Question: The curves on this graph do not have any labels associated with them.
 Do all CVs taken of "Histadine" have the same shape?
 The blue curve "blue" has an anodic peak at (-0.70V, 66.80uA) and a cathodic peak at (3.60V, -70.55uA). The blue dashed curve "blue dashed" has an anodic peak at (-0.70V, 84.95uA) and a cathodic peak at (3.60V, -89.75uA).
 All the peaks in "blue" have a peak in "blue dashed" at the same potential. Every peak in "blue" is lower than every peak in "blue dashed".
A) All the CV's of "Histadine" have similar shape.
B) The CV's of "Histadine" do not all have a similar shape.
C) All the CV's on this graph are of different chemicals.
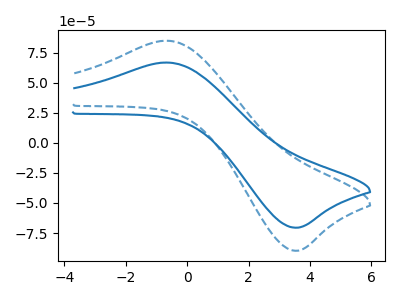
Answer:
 <answer>A) All the CV's of "Histadine" have similar shape.</answer>
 <eval>A</eval>